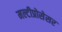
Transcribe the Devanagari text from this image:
मल्टीप्रोसेसर